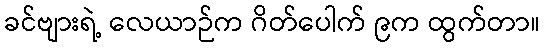
ခင်ဗျားရဲ့ လေယာဉ်က ဂိတ်ပေါက် ၉က ထွက်တာ။